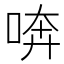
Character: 喯